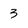
Character: 3